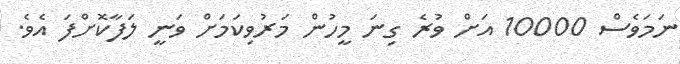
ނަމަވެސް 10000 އަށް ވުރެ ގިނަ މީހުން މަރުވިކަމަށް ވަނީ ލަފާކޮށްފަ އެވެ.